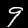
Label: 9